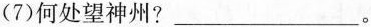
(7)何处望神州?___。